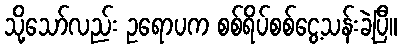
သို့သော်လည်း ဥရောပက စစ်ရိပ်စစ်ငွေ့သန်းခဲ့ပြီ။